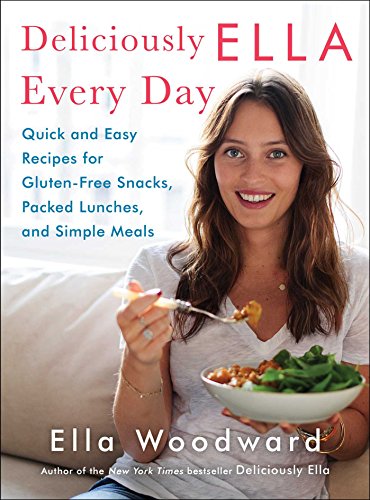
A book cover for Deliciously Ella Every Day: Quick and Easy Recipes for Gluten-Free Snacks, Packed Lunches, and Simple Meals; Ella Woodward; Health, Fitness & Dieting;